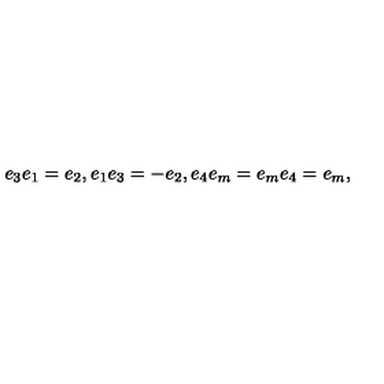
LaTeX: e _ { 3 } e _ { 1 } = e _ { 2 } , e _ { 1 } e _ { 3 } = - e _ { 2 } , e _ { 4 } e _ { m } = e _ { m } e _ { 4 } = e _ { m } ,